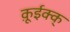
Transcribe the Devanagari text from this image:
क़ूईक्क्